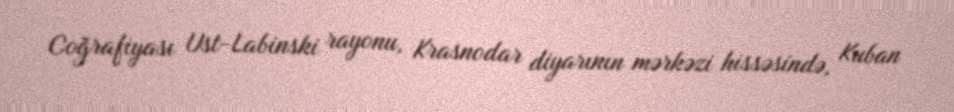
Coğrafiyası Ust-Labinski rayonu, Krasnodar diyarının mərkəzi hissəsində, Kuban